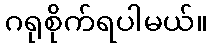
ဂရုစိုက်ရပါမယ်။